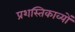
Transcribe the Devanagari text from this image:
प्रशस्तिकाव्यों